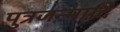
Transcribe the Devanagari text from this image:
पुत्रजन्मादि